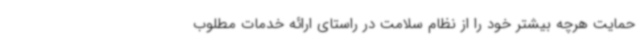
حمایت هرچه بیشتر خود را از نظام سلامت در راستای ارائه خدمات مطلوب